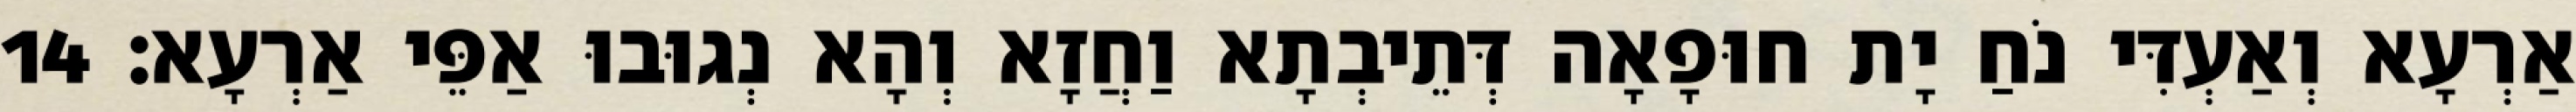
אַרְעָא וְאַעְדִּי נֹחַ יָת חוּפָאָה דְּתֵיבְתָא וַחֲזָא וְהָא נְגוּבוּ אַפֵּי אַרְעָא׃ 14